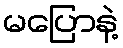
မပြောနဲ့